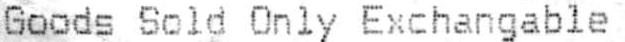
GOODS SOLD ONLY EXCHANGABLE